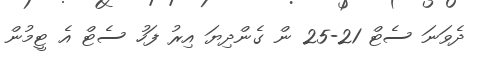
ދެވަނަ ސެޓް 21-25 ން ގެންދިޔަ އިރު ފަހު ސެޓް އެ ޓީމުން